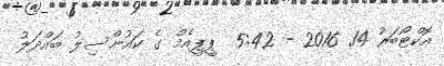
އޮކްޓޯބަރު 14